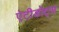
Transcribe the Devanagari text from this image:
एंटीडोट्स